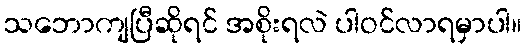
သဘောကျပြီဆိုရင် အစိုးရလဲ ပါဝင်လာရမှာပါ။